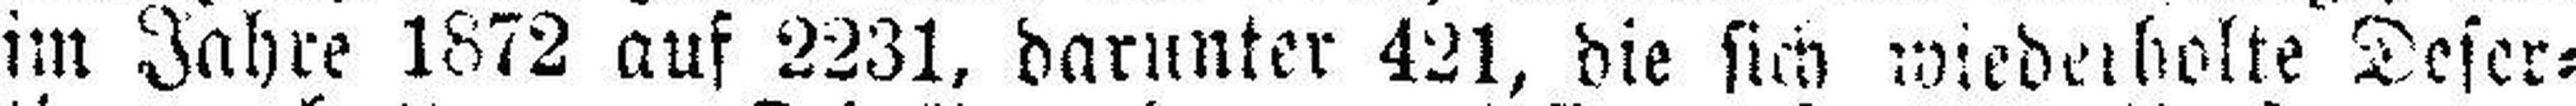
im Jahre 1872 auf 2231, darunter 421, die sich wiederholte Deser¬